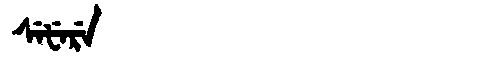
Manchu: ᠰᡝᡶᡝᡵᡝ
Romanization: SEFERE